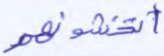
أتخشونهم